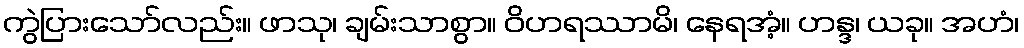
ကွဲပြားသော်လည်း။ ဖာသု၊ ချမ်းသာစွာ။ ဝိဟရဿာမိ၊ နေရအံ့။ ဟန္ဒ၊ ယခု။ အဟံ၊